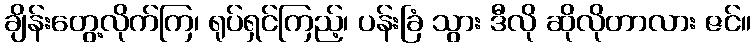
ချိန်းတွေ့လိုက်ကြ၊ ရုပ်ရှင်ကြည့်၊ ပန်းခြံ သွား ဒီလို ဆိုလိုတာလား ဇင်။